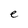
Character: e